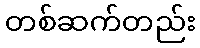
တစ်ဆက်တည်း